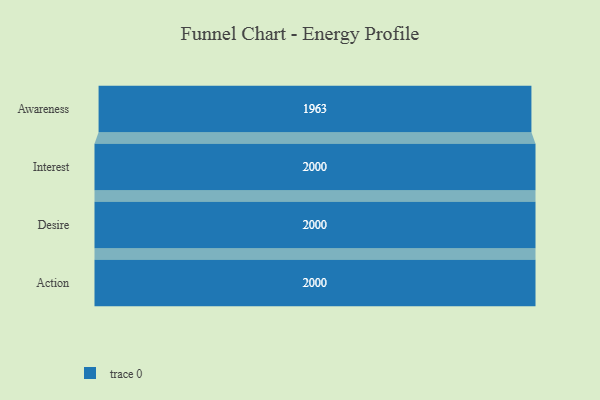
{"axis": {"x": "Stage", "y": "Value"}, "legend": [""], "data": [{"x": "Awareness", "y": 1963.0, "type": ""}, {"x": "Interest", "y": 2000, "type": ""}, {"x": "Desire", "y": 2000, "type": ""}, {"x": "Action", "y": 2000, "type": ""}]}